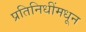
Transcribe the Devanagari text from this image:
प्रतिनिधींमधून